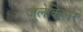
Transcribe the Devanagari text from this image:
जूलेकिलर